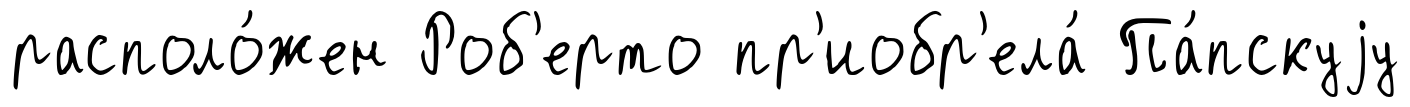
располо́жен Роб'ерто пр'иобр'ела́ Па́пскуjу